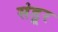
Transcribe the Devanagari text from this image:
संडूर